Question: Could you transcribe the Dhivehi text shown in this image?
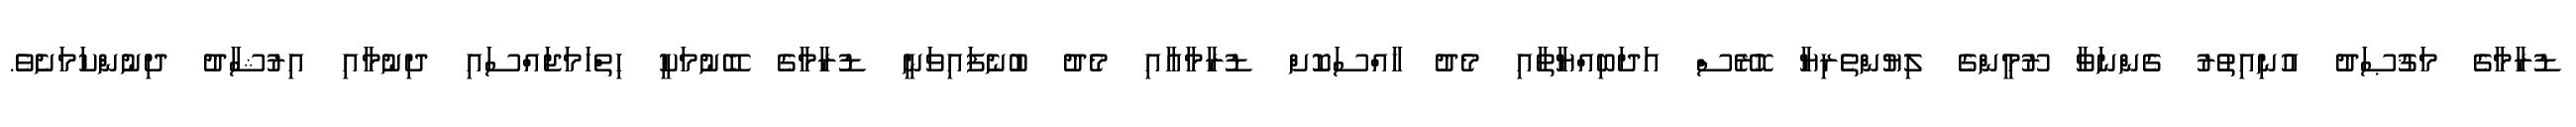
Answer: ޑުރާމާގެ މަޤުޞަދު އުނިއިތުރު ގެންނަވާ ރޫމީންގެ ލިޔުންތެރިޔާ ހޮރޭސް އަދަބިއްޔާތާއި މެދު ޚާއްސަކޮށް ޑުރާމާއާއި މެދު ބުނެފައިވަނީ ޑުރާމާގެ ބޭނުމަކީ ހިތްހަމަޖައްސައި ދިނުމާއި އިރުޝާދު ދިނުންކަމަށެވެ.